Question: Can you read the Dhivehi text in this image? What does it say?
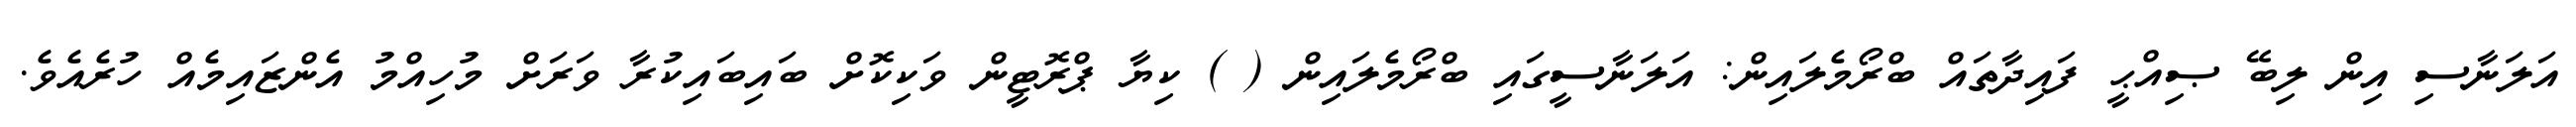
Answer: އަލަނާސި އިން ލިބޭ ޞިއްޙީ ފައިދާތައް ބްރޯމެލައިން: އަލަނާސީގައި ބްރޯމެލައިން ( ) ކިޔާ ޕްރޮޓީން ވަކިކޮށް ބައިބައިކުރާ ވަރަށް މުހިއްމު އެންޒައިމެއް ހުރެއެވެ.